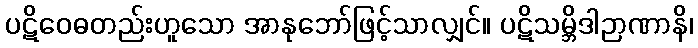
ပဋိဝေဓတည်းဟူသော အာနုဘော်ဖြင့်သာလျှင်။ ပဋိသမ္ဘိဒါဉာဏာနိ၊